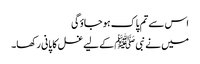
اس سے تم پاک ہو جاؤگی
میں نے نبی ﷺ کے لیے غسل کا پانی رکھا۔